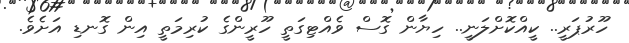
ހޫރުޕަރީ.. ކީއްކޮށްލަނީ.. ހިޔާން ގޮސް ވެއްޓިގަތީ ހޫރީންގެ ކުރިމަތީ އިން ގޮނޑި އަށެވެ.